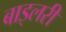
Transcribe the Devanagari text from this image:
बाइलरी